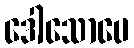
ဒေါသောပေ